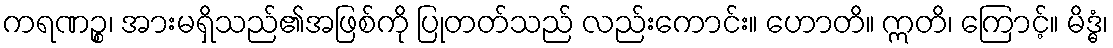
ကရဏဉ္စ၊ အားမရှိသည်၏အဖြစ်ကို ပြုတတ်သည် လည်းကောင်း။ ဟောတိ။ ဣတိ၊ ကြောင့်။ မိဒ္ဓံ၊